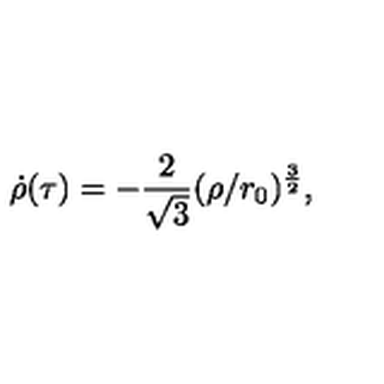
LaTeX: \dot { \rho } ( \tau ) = - \frac { 2 } { \sqrt { 3 } } ( \rho / r _ { 0 } ) ^ { \frac { 3 } { 2 } } ,